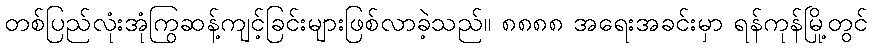
တစ်ပြည်လုံးအုံကြွဆန့်ကျင့်ခြင်းများဖြစ်လာခဲ့သည်။ ၈၈၈၈ အရေးအခင်းမှာ ရန်ကုန်မြို့တွင်